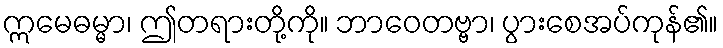
ဣမေဓမ္မာ၊ ဤတရားတို့ကို။ ဘာဝေတဗ္ဗာ၊ ပွားစေအပ်ကုန်၏။